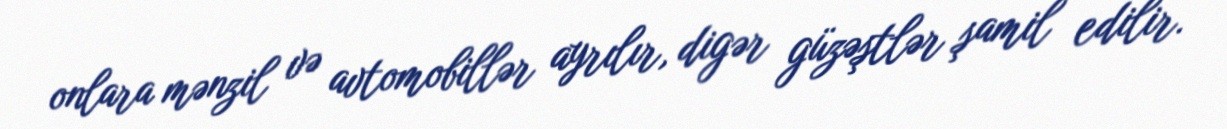
onlara mənzil və avtomobillər ayrılır, digər güzəştlər şamil edilir.